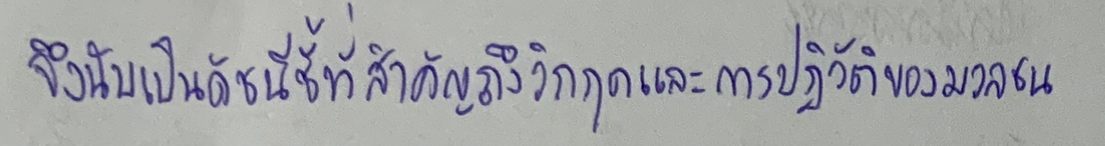
จึงนับเป็นดัชนีชี้ที่สำคัญถึงวิกฤตและการปฏิวัติของมวลชน